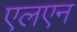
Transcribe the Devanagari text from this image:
एलएन